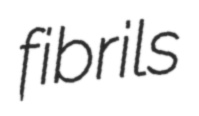
fibrils